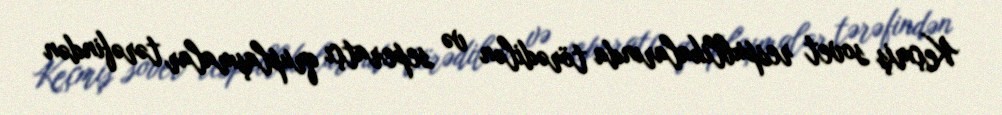
Keçmiş sovet respublikalarında törədilən və seperatçı qruplaşmalar tərəfindən